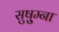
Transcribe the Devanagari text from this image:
सुषु्म्ना